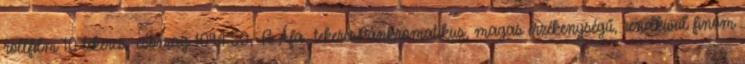
rollfilm 10 tekercs csomag 1094.50,-Ft Áfa tekercsPánkromatikus, magas érzékenységű, rendkívül finom